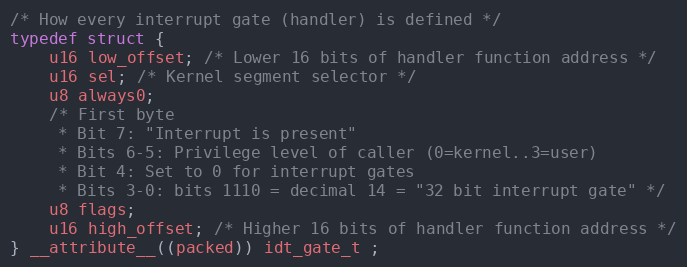
Language: C
/* How every interrupt gate (handler) is defined */
typedef struct {
    u16 low_offset; /* Lower 16 bits of handler function address */
    u16 sel; /* Kernel segment selector */
    u8 always0;
    /* First byte
     * Bit 7: "Interrupt is present"
     * Bits 6-5: Privilege level of caller (0=kernel..3=user)
     * Bit 4: Set to 0 for interrupt gates
     * Bits 3-0: bits 1110 = decimal 14 = "32 bit interrupt gate" */
    u8 flags;
    u16 high_offset; /* Higher 16 bits of handler function address */
} __attribute__((packed)) idt_gate_t ;